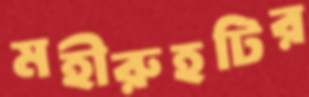
মহীরুহটির